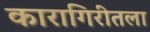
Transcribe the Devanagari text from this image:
कारागिरीतला